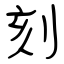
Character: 刻